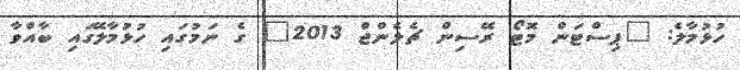
ހުޅުމާލެ: "ޕިސްޓަން މޮޓޯ ރޭސިން ޗެލެންޖް 2013" ގެ ނަމުގައި ހުޅުމާލޭގައި ބާއްވާ